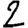
Digit: 2